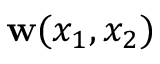
\ensuremath { \mathbf { w } } ( x _ { 1 } , x _ { 2 } )